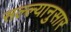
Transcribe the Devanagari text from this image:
सल्ल्‍यानुसार